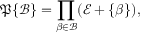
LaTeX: { \mathfrak { P } } \{ { \mathcal { B } } \} = \prod _ { \beta \in { \mathcal { B } } } ( { \mathcal { E } } + \{ \beta \} ) ,